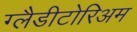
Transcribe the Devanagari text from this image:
ग्लैडीटोरिअम